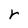
Character: r